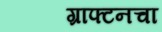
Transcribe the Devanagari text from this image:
ग्राफ्टनचा